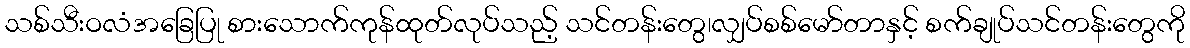
သစ်သီးဝလံအခြေပြု စားသောက်ကုန်ထုတ်လုပ်သည့် သင်တန်းတွေ၊လျှပ်စစ်မော်တာနှင့် စက်ချုပ်သင်တန်းတွေကို